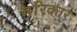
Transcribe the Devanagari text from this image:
मरिकार